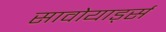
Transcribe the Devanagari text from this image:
सावोयार्ड्स